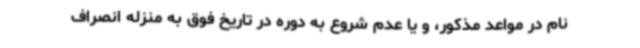
نام در مواعد مذکور، و یا عدم شروع به دوره در تاریخ فوق به منزله انصراف